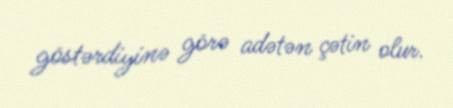
göstərdiyinə görə adətən çətin olur.